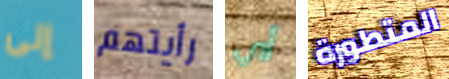
إلى رأيتهم أي المتطورة